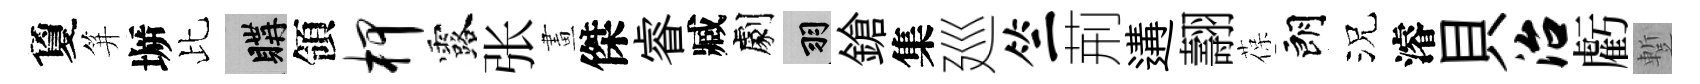
夐笄󶱲比購領柙露张畫傑睿臧劇羽鎗集廵竺荊遘翿葆朗況濬貝治虧蹔